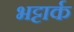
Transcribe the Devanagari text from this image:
भट्टार्क